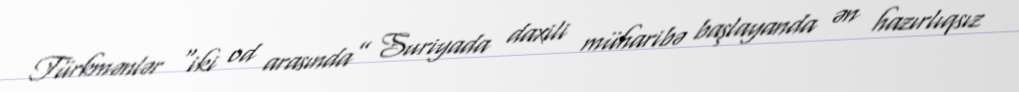
Türkmənlər “iki od arasında” Suriyada daxili müharibə başlayanda ən hazırlıqsız